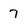
Character: 7